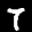
Label: 7